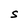
Character: S